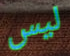
ليس